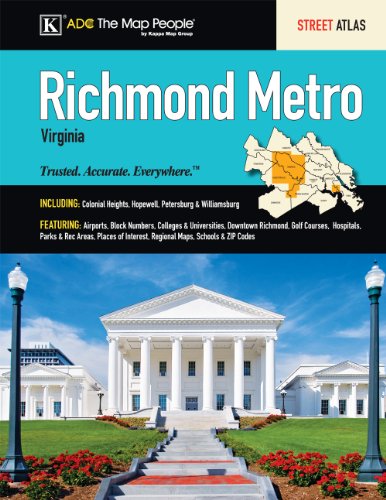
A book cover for Richmond, VA Metro Street Atlas; Kappa Map Group; Travel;